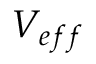
V _ { e f f }